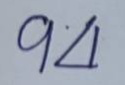
94